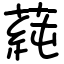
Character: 蒓